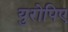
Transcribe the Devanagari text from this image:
युरोपिए